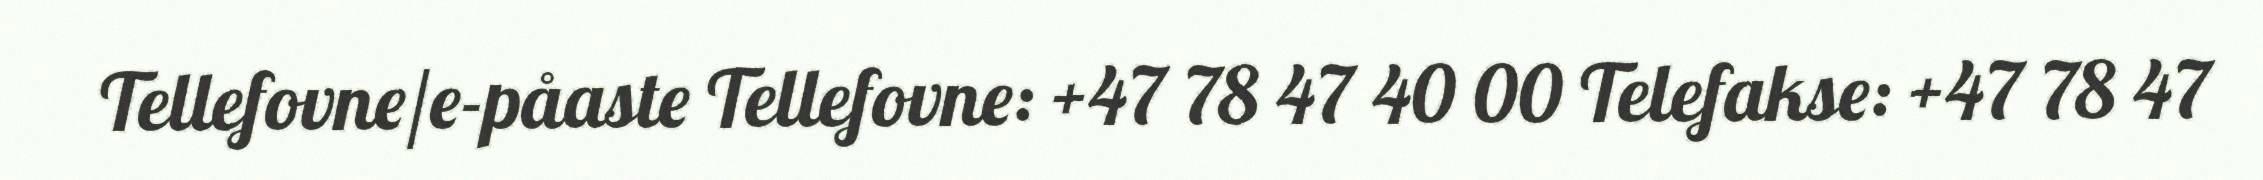
Tellefovne/e-påaste Tellefovne: +47 78 47 40 00 Telefakse: +47 78 47